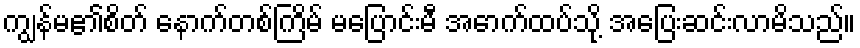
ကျွန်မ၏စိတ် နောက်တစ်ကြိမ် မပြောင်းမီ အောက်ထပ်သို့ အပြေးဆင်းလာမိသည်။